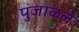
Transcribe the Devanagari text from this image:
पुंजाळले